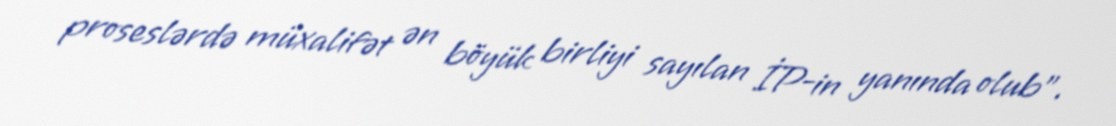
proseslərdə müxalifət ən böyük birliyi sayılan İP-in yanında olub".